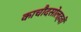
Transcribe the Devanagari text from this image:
काचौदसोलहवीं